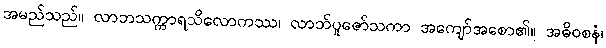
အမည်သည်။ လာဘသက္ကာရသိလောကဿ၊ လာဘ်ပူဇော်သကာ အကျော်အစော၏။ အဓိဝစနံ၊